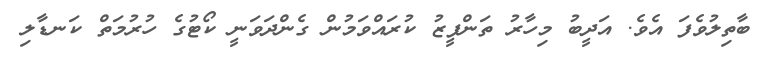
ބާތިލުވެފަ އެވެ. އަދީބު މިހާރު ތަންފީޒު ކުރައްވަމުން ގެންދަވަނީ ކޯޓުގެ ހުރުމަތް ކަނޑާލި